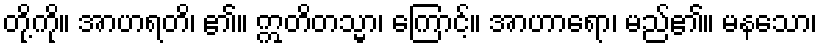
တို့ကို။ အာဟရတိ၊ ၏။ ဣတိတသ္မာ၊ ကြောင့်။ အာဟာရော၊ မည်၏။ မနသော၊